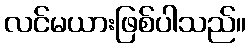
လင်မယားဖြစ်ပါသည်။